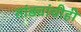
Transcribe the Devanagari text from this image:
तांड्यांचीही